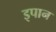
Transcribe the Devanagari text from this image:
इपान